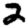
Digit: 2